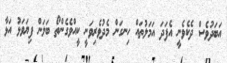
އަބަދުވެސް ދެކެވެނީ އެފަދަ އަމަލުތައް ހިނގަން މެދުވެރިވަނީ ކީއްވެގެންތޯ ބަލަން ފިޔަވަޅު އަޅާ